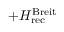
+ H _ { \mathrm { r e c } } ^ { \mathrm { B r e i t } }